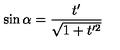
\sin \alpha = \frac { t ^ { \prime } } { \sqrt { 1 + t ^ { \prime 2 } } }